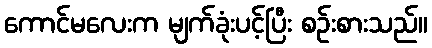
ကောင်မလေးက မျက်ခုံးပင့်ပြီး စဉ်းစားသည်။